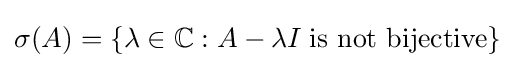
\sigma (A)=\left\{\lambda \in \mathbb {C} :A-\lambda I\;{\text{is not bijective}}\right\}